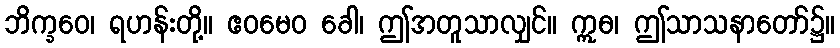
ဘိက္ခဝေ၊ ရဟန်းတို့။ ဧဝမေဝ ခေါ၊ ဤအတူသာလျှင်။ ဣဓ၊ ဤသာသနာတော်၌။